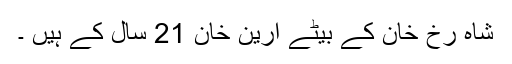
شاہ رخ خان کے بیٹے آرین خان 21 سال کے ہیں ۔